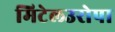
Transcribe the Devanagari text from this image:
मिटेलउरोपा